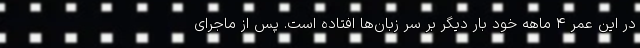
در این عمر ۴ ماهه خود بار دیگر بر سر زبان‌ها افتاده است. پس از ماجرای